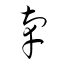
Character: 辜